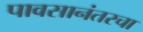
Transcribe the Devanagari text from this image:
पावसानंतरचा